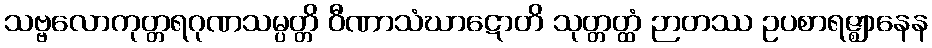
သဗ္ဗလောကုတ္တရဂုဏသမ္ပတ္တိ ဝီဏာသံဃာဋောတိ သုတ္တတ္ထံ ဉာတဿ ဥပစာရဇ္ဈာနေန